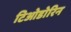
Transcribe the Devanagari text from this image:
टिओडोरिन